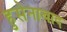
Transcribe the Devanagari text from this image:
हुसेनाबाद